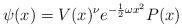
LaTeX: \begin{align*}\psi(x) = V(x)^{\nu} e^{-\frac12 \omega x^2} P(x)\end{align*}